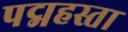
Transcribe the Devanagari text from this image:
पद्महस्ता